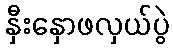
နှီးနှောဖလှယ်ပွဲ